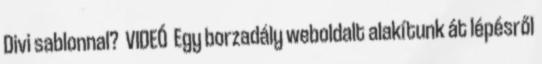
Divi sablonnal? VIDEÓ Egy borzadály weboldalt alakítunk át lépésről